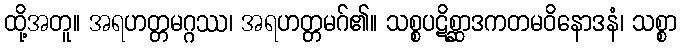
ထို့အတူ။ အရဟတ္တမဂ္ဂဿ၊ အရဟတ္တမဂ်၏။ သစ္စပဋိစ္ဆာဒကတမဝိနောဒနံ၊ သစ္စာ